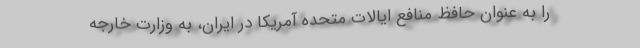
را به عنوان حافظ منافع ایالات متحده آمریکا در ایران، به وزارت خارجه